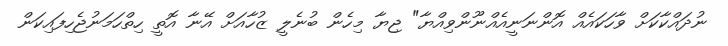
ނުދައްކާކަށް ވާހަކައެއް އޮންނަނީއެއްނޫންވިއްޔާ" ޖިޔާ މިހެން ބުނެލީ ޒުހާއަށް އޭނާ އޮތީ ހިތްހަމަނުޖެހިފައިކަން